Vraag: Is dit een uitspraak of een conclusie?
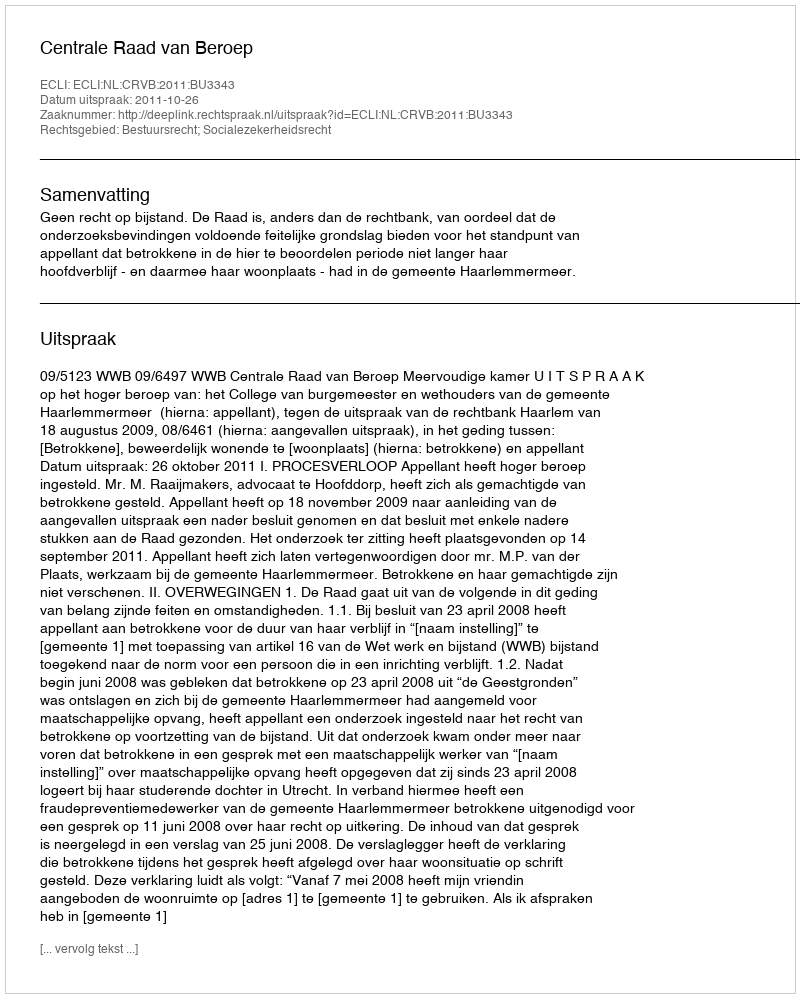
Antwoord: Uitspraak